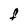
Character: F